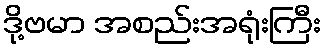
ဒို့ဗမာ အစည်းအရုံးကြီး